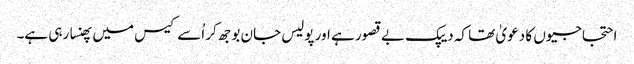
احتجاجیوں کا دعویٰ تھا کہ دیپک بے قصور ہے اور پولیس جان بوجھ کر اُسے کیس میں پھنسا رہی ہے۔